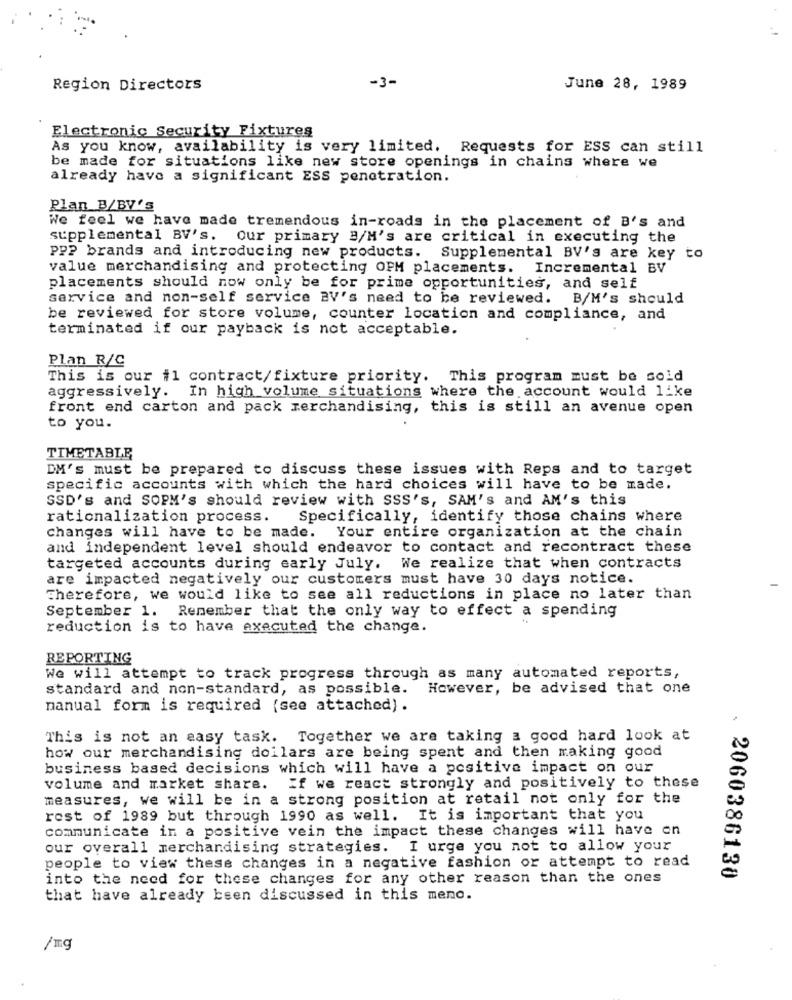
Region Directors
-3-
June 28, 1989
Electronic Security Fixtures
As you know, availability is very limited. Requests for ESS can still
be made for situations like new store openings in chains where we
already have a significant ESS penetration.
Plan B/BV's
We feel we have made tremendous in-roads in the placement of B's and
supplemental BV's. our primary B/M's are critical in executing the
PP? brands and introducing new products. Supplemental BV's are key to
value merchandising and protecting OPM placements. Incremental BV
placements should now only be for prime opportunities, and self
service and non-self service BV's need to be reviewed. B/M's should
be reviewed for store volume, counter location and compliance, and
terminated if our payback is not acceptable.
Plan R/C
This is our #1 contract/fixture priority. This program must be sold
aggressively. In high volume situations where the account would like
front end carton and pack merchandising, this is still an avenue open
to you.
TIMETABLE
DM's must be prepared to discuss these issues with Reps and to target
specific accounts with which the hard choices will have to be made.
SSD's and SOPM's should review with SSS's, SAM's and AM's this
rationalization process.
Specifically, identify those chains where
changes will have to be made.
Your entire organization at the chain
and independent level should endeavor to contact and recontract these
targeted accounts during early July. We realize that when contracts
are impacted negatively our customers must have 30 days notice.
Therefore, we would like to see all reductions in place no later than
September 1. Remember that the only way to effect a spending
reduction is to have executed the change.
REPORTING
We will attempt to track progress through as many automated reports,
standard and non-standard, as possible. However, be advised that one
manual form is required (see attached).
This is not an easy task. Together we are taking a good hard look at
how our merchandising dollars are being spent and then making good
business based decisions which will have a positive impact on our
volume and market share. If we react strongly and positively to these
measures, we will be in a strong position at retail not only for the
rest of 1989 but through 1990 as well. It is important that you
communicate in a positive vein the impact these changes will have en
our overall merchandising strategies. I urge you not to allow your
people to view these changes in a negative fashion or attempt to read
into the need for these changes for any other reason than the ones
. 2060386130
that have already been discussed in this meno.
/mg